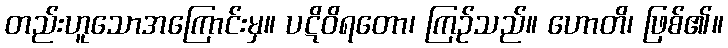
တည်းဟူသောအကြောင်းမှ။ ပဋိဝိရတော၊ ကြဉ်သည်။ ဟောတိ၊ ဖြစ်၏။